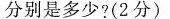
分别是多少?(2分)